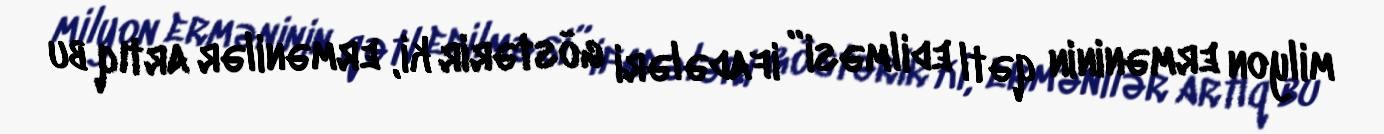
milyon erməninin qətl edilməsi” ifadələri göstərir ki, ermənilər artıq bu